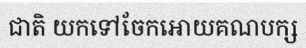
ជាតិ យកទៅចែកអោយគណបក្ស